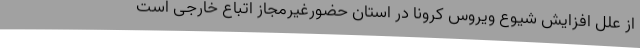
از علل افزایش شیوع ویروس کرونا در استان حضورغیرمجاز اتباع خارجی است